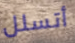
أتسلل